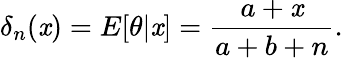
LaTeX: \delta_{n}(\mathit{x})=E[\theta|\mathit{x}]={\frac{{a+\mathit{x}}}{{a+b+n}}}.